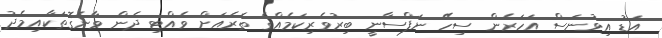
އަޑު އިވުނަސް އަހަރެން ސިހޭ ނަފްސާނީ ބިރުވެރިކަމެއްގެ ތެރެއަށް ވެއްޓި ދެން ވާނެގޮތަކާއިމެދު